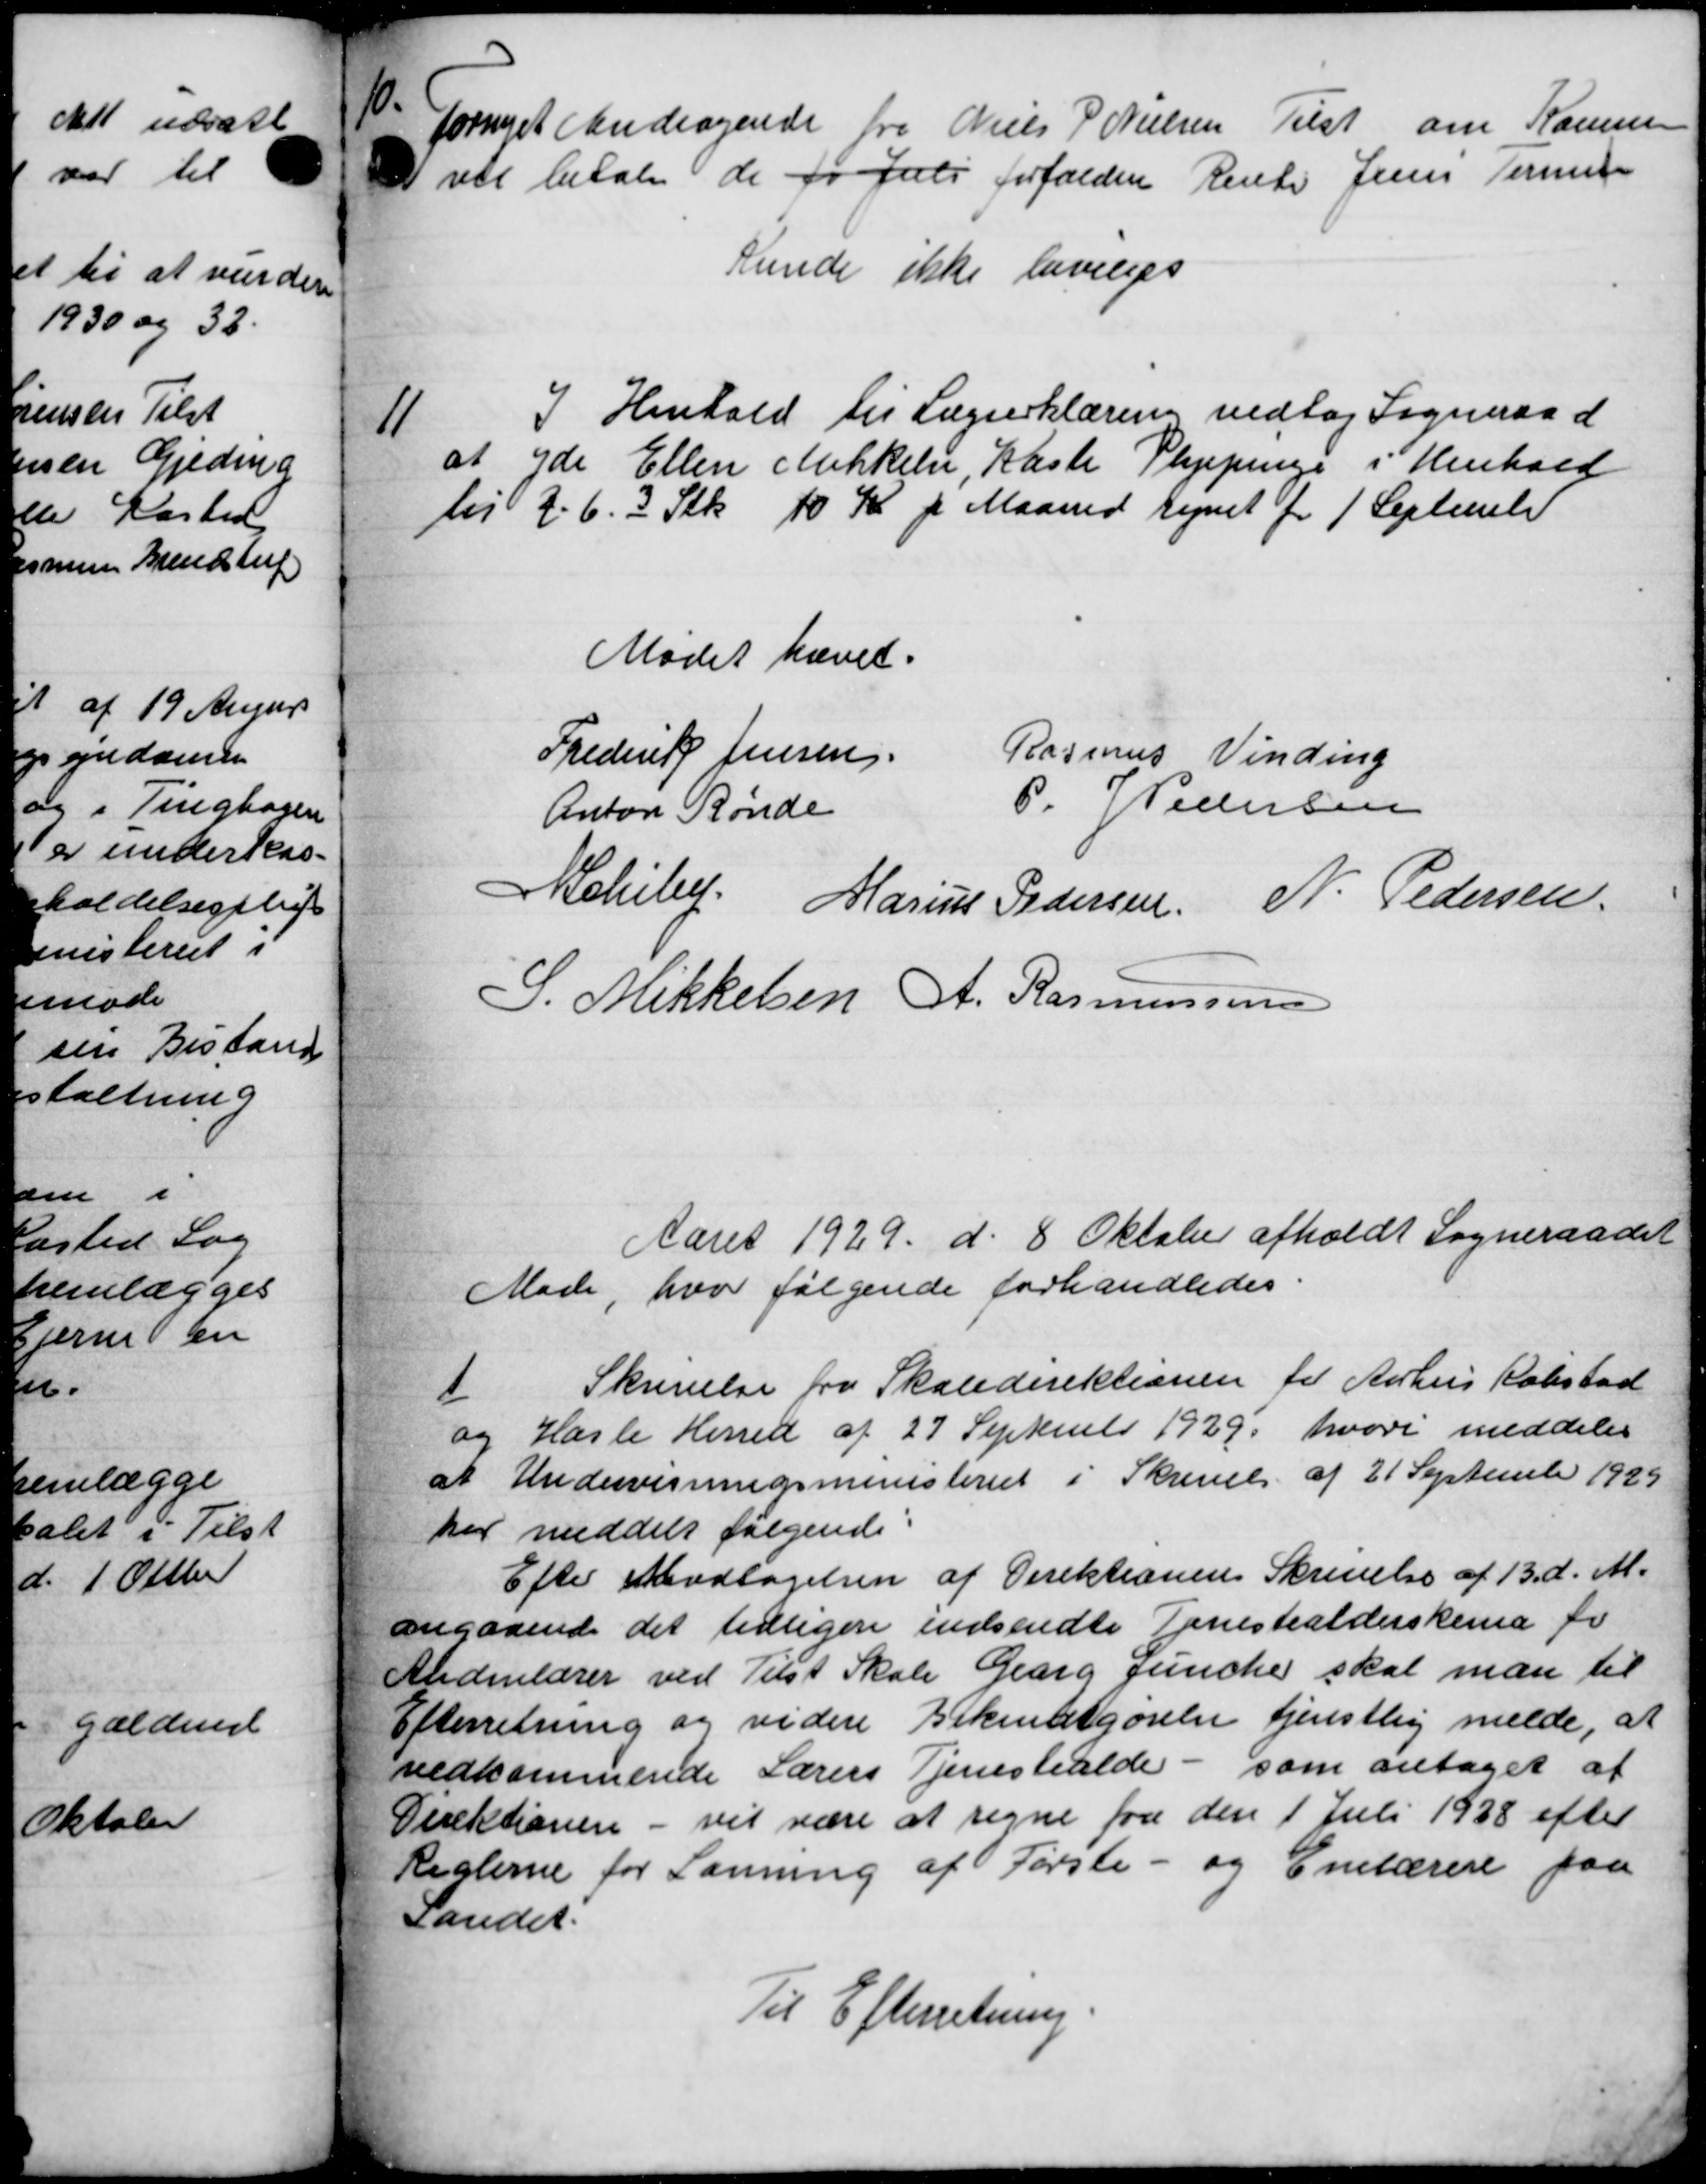
Transskription:
fornyet Andragende fra Niels P. Nielsen Tilst om Kommu
ver betale de fo Juli forfalden Renter Jense Sørense
Kunde ikke bevilges

I Henhold til Lægeerklæring vedtog Sogneraad
at yde Ellen Mikkelse, Kaste Plejepenge i Henhold
lil d. 6. 3 Stk 10 Kr pr Maaned Regnet for 1 September
Mødet hævet.
Frederik Jensen.
Rasmus Vinding
Anton Rønde
P. P. Pedersen
Schibe. Marius Pedersen N. Pedersen
S. Mikkelsen A. Rasmussen
Aaret 1929 d. 8 Oktober afholdt Sogneraadet
Møde, hvor følgende forhandledes:

Skrivelse fra Skoledirektionen for Aarhus Købstad
og Hasle Herred af 27 September 1929 hvori meddeles
at Undervisningsministeriet i Skrivelse af 21 September 1929
har meddelt følgende:
Efter Modtagelsen af Direktionens Skrivelse af 13 d. M.
angaaende det tidligere indsendte Tenestealderskema fo
Alderlærer ved Tilst Skole Georg Juncher skal man til
Efterretning og videre Bekendtgørelse tjenstlig melde, at
vedkommende Lærers Tjenestealde - som antaget af
Direktionen - vil være at regne fra den 1 Juli 1938 efter
Reglerne for Lønning af Første- og Enelærere paa
Landet.
Til Efterretning